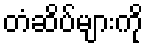
တံဆိပ်များကို